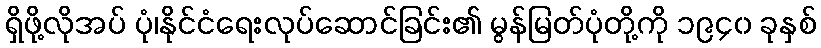
ရှိဖို့လိုအပ် ပုံ၊နိုင်ငံရေးလုပ်ဆောင်ခြင်း၏ မွန်မြတ်ပုံတို့ကို ၁၉၄၀ ခုနှစ်